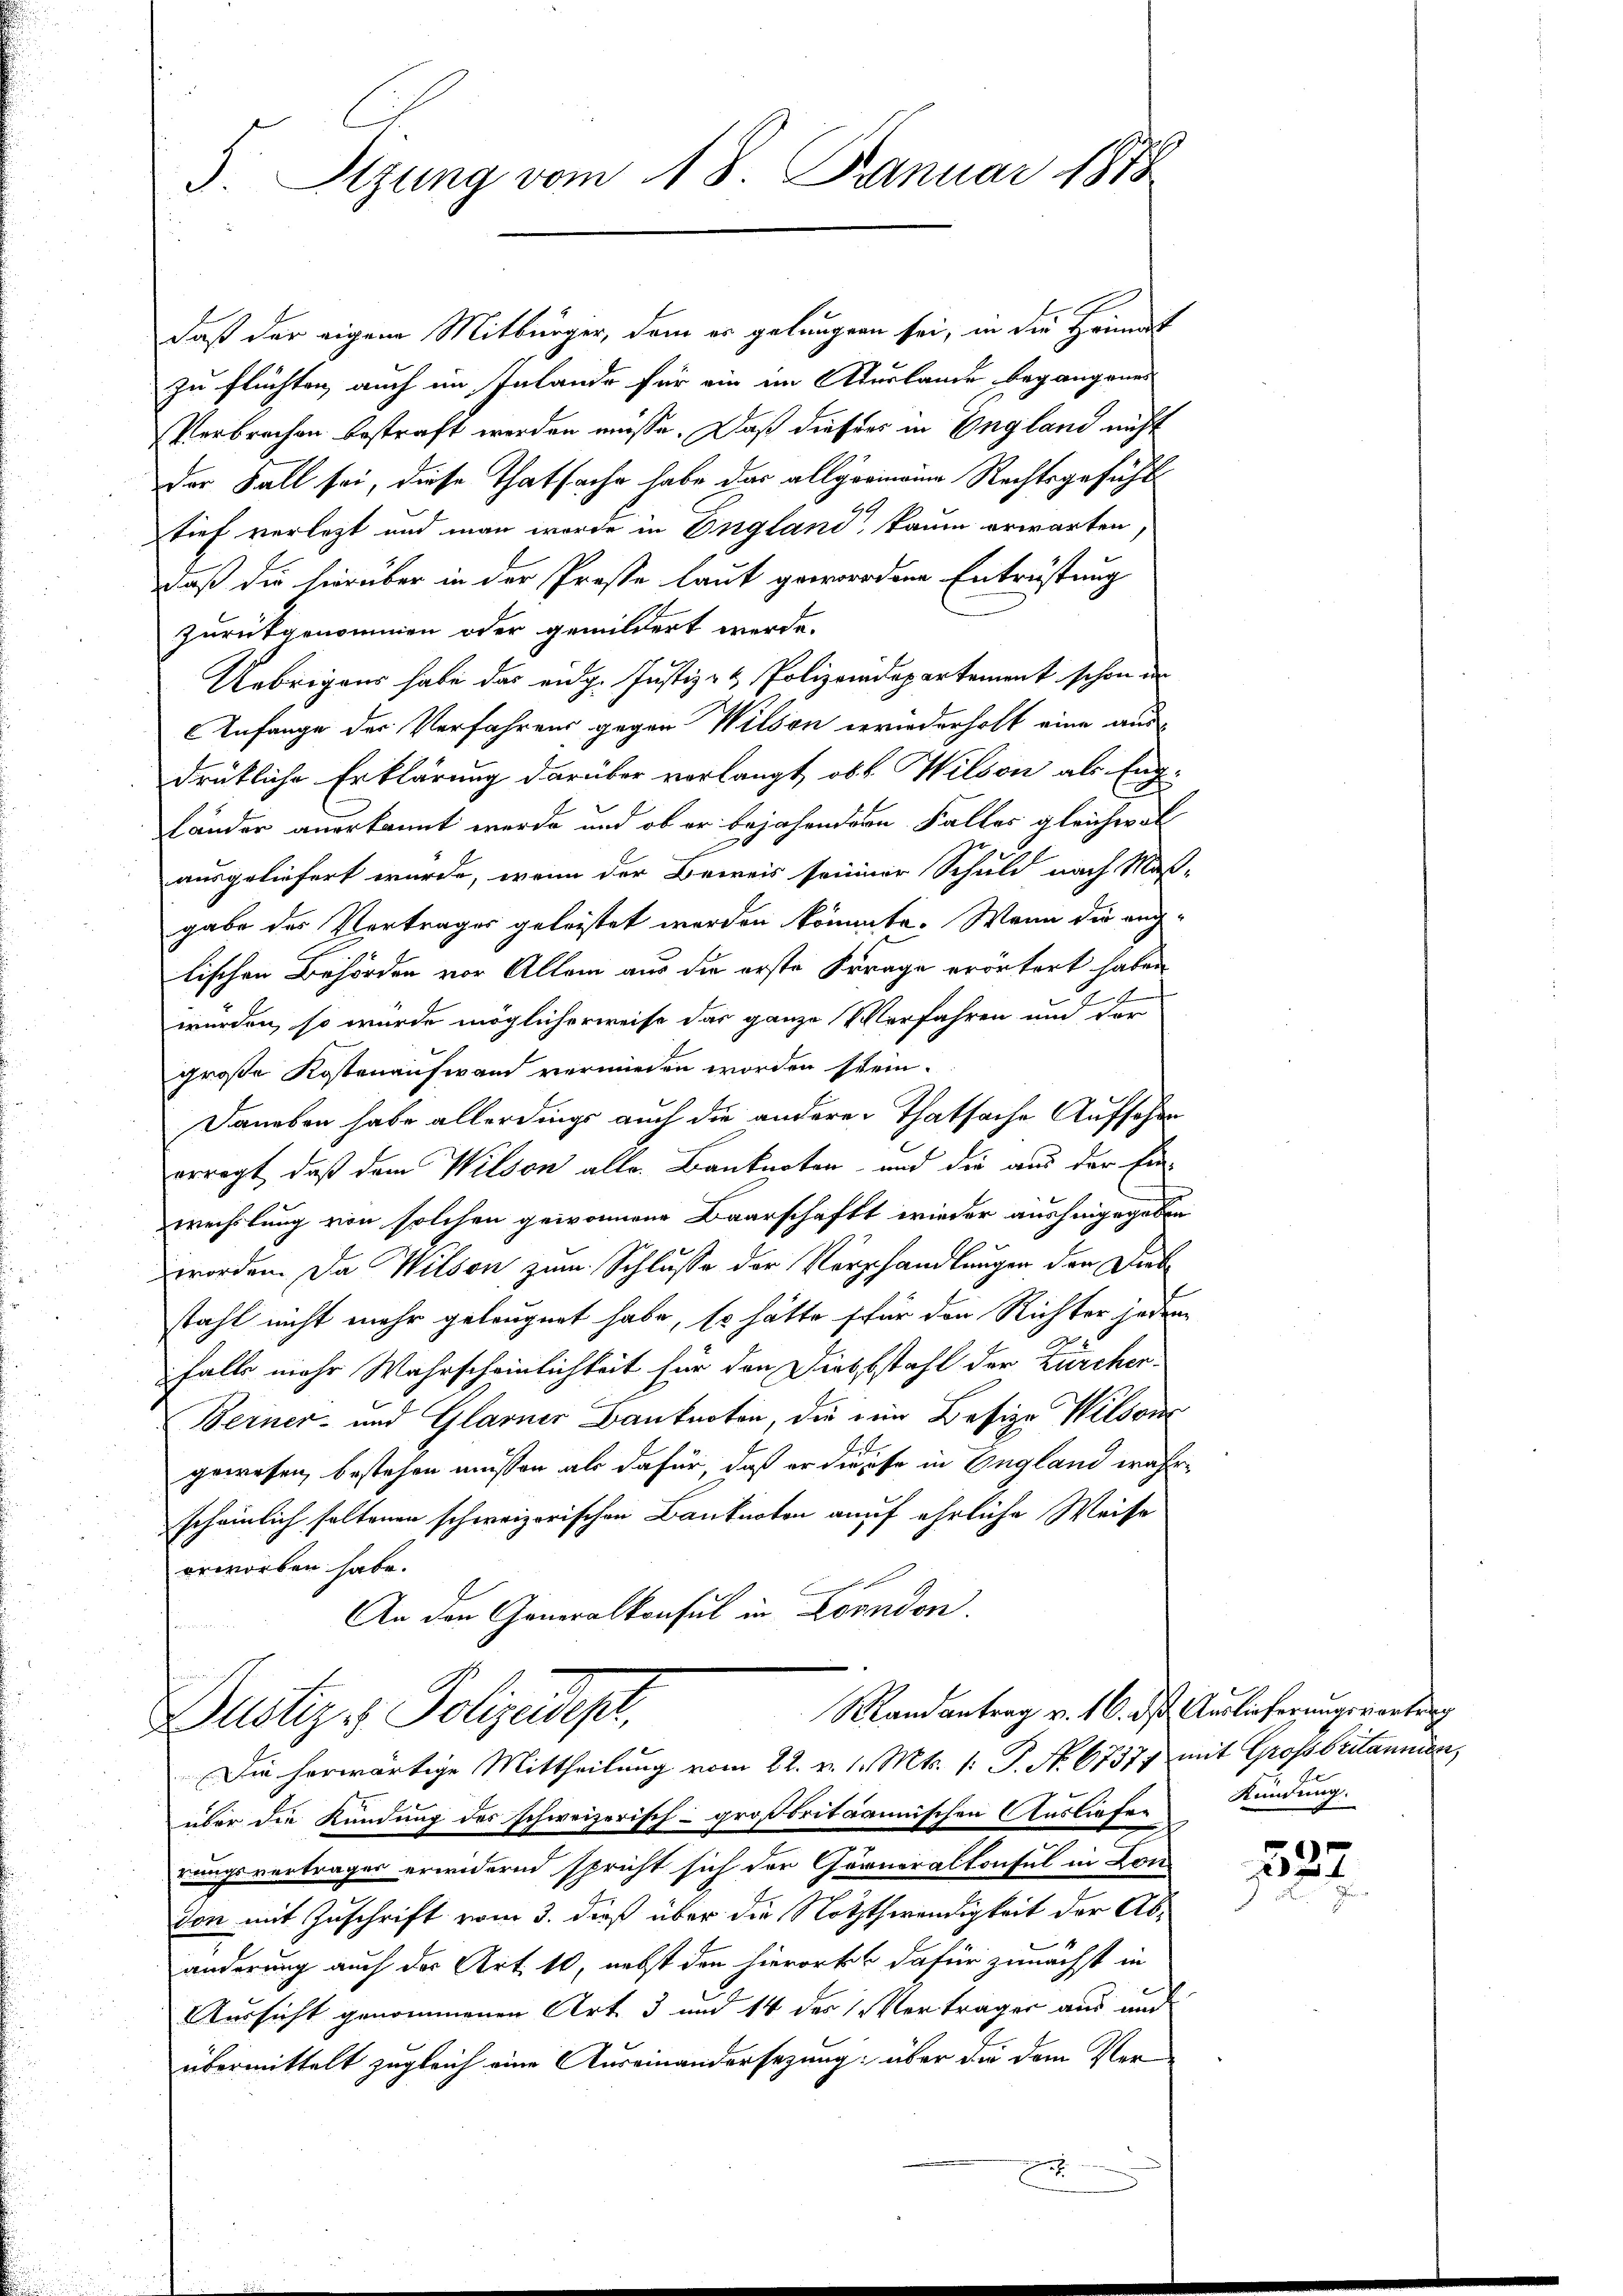
3. Stzung vom 18. Januar 1878

daß der eigene Mitbürger, dem es gelangen sei, in die Heimat
zu flüchten, auch im Inlande für ein im Aturlande begangenes
Verbrechen bestraft werden müsse. Daß dieser in England nicht
der Fall sei, diese Thatsache habe das allgemeine Rechtsgefühl
Ge
tief verletzt und man worde in England, kaum erwarten,
daß die hierüber in der Preste laut gewordene Entrüstung
zurückgenommen oder gemildert werde.
Uebrigens habe das eidg. Justiz- & Polizeiadepartement schon der
AAnfange der Verfahrens gegen Wilson wiederholt eine aus-
drükliche Erklärung darüber verlangt, ob k. Wilson als Engländer anerkannt werde und ob er bejahendern Falles gleichwoll

ausgeliefert wurde, wenn der Beweis seiner Schuld nach Maß-
gabe des Vertrages geleistet werden könnte. Wenn die angtischen Behörden vor Allem aus die erste Frage erörtert haben
d
würden, so wurde möglicherweise das ganze Verfahren und der
große Kostenaufwand vermieden worden stein.
Daneben habe allerdings auch die anderer Thatsache Aufsehen
erregt, daß dem Wilson alle Banknoten und die aus der Ein-
wechslung von solchen gewonnene Baarschaft wieder aushingegeben
worden. Da Wilson zum Schlusse der Vorschandlungen den Dieb
stahl nicht mehr geleugnet habe, so hätte für den Richter jedem
Falle mehr Wahrscheinlichkeit für den Diebstahl der Zürcher¬
Berner- und Glarner Banknoten, die ein Besize Wilson
gewesen, bestehen müssen als dafür, daß er diese in England währscheinlich seltenen schweizerischen Banknoten auf ehrliche Weise
erworben habe.
An den Generalkonsul in Landon.

Mandantrag v. 16. ds Auslieferungsvortrag
Dustiz & Polizeidepr
Die herwärtige Mittheilung vom 22. v. 1. Mts. /: P. Nr. 67377 mit Großbritannien,

über die Kündung des schweizerisch- großbritannischen Ausliefer
rungsvertrages erwidernd spricht sich der Görneralkonsul in Lon-
den mit Zuschrift vom 3. dieß über die Noththwendigkeit der Abänderung auch des Art. 10, nebst den hierorkt dafür zunächst in
Aussicht genommenen Art. 3 und 14 des Verträger aus und
übermittelt zugleich eine Auseinandersezung über die dem Ver-
.

Kündung.

1527